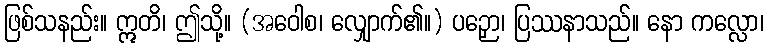
ဖြစ်သနည်း။ ဣတိ၊ ဤသို့။ (အဝေါစ၊ လျှောက်၏။) ပဉှော၊ ပြဿနာသည်။ နော ကလ္လော၊